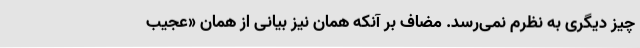
چیز دیگری به‌ نظرم نمی‌رسد. مضاف بر آنکه همان نیز بیانی از همان «عجیب